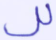
لل